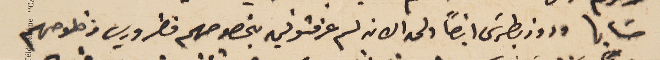
حسَابها وروز بطرسَ أيضاً ولحد الان لم عرفتوني بخصوصهم فضروري من فلوصهم